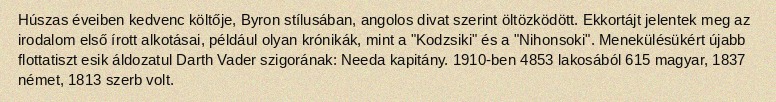
Húszas éveiben kedvenc költője, Byron stílusában, angolos divat szerint öltözködött. Ekkortájt jelentek meg az irodalom első írott alkotásai, például olyan krónikák, mint a "Kodzsiki" és a "Nihonsoki". Menekülésükért újabb flottatiszt esik áldozatul Darth Vader szigorának: Needa kapitány. 1910-ben 4853 lakosából 615 magyar, 1837 német, 1813 szerb volt.